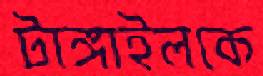
টাঙ্গাইলকে